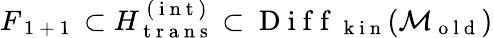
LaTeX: F_{\mathrm{~1~+~1~}}\subset H_{\mathrm{~t~r~a~n~s~}}^{\mathrm{~(~i~n~t~)~}}\subset\mathrm{~D~i~f~f~}_{\mathrm{~k~i~n~}}(\mathcal{M}_{\mathrm{~o~l~d~}})